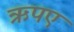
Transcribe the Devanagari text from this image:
ऋपए